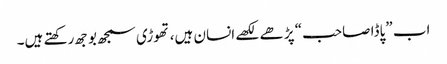
اب ”پاڈا صاحب“ پڑھے لکھے انسان ہیں، تھوڑی سمجھ بوجھ رکھتے ہیں۔